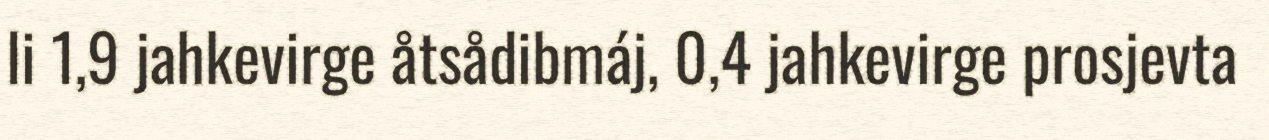
li 1,9 jahkevirge åtsådibmáj, 0,4 jahkevirge prosjevta